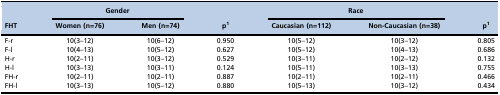
|  | <COLSPAN=2> Gender |  | <COLSPAN=2> Race |  |
 | FHT | Women (n=76) | Men (n=74) | p1 | Caucasian (n=112) | Non-Caucasian (n=38) | p1 |
 | --- | --- | --- | --- | --- | --- | --- |
 | F-r | 10(3–12) | 10(6–12) | 0.950 | 10(5–12) | 10(3–12) | 0.805 |
 | F-l | 10(4–13) | 10(5–12) | 0.627 | 10(5–12) | 10(4–13) | 0.686 |
 | H-r | 10(2–11) | 10(3–12) | 0.529 | 10(3–11) | 10(2–12) | 0.132 |
 | H-l | 10(3–13) | 10(3–11) | 0.124 | 10(5–11) | 10(3–13) | 0.755 |
 | FH-r | 10(2–11) | 10(2–11) | 0.887 | 10(2–11) | 10(2–11) | 0.466 |
 | FH-l | 10(3–13) | 10(5–12) | 0.880 | 10(5–13) | 10(3–12) | 0.434 |